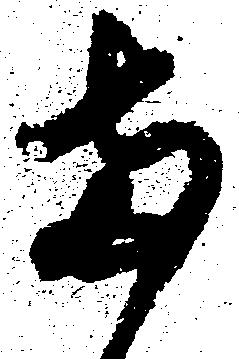
両